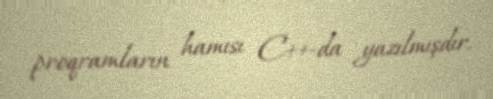
proqramların hamısı C++-da yazılmışdır.